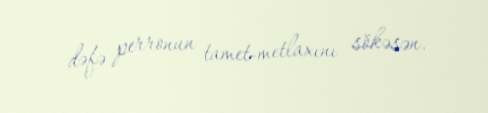
dəfə perronun tamet-metlaxını sökəsən.